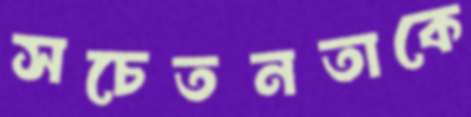
সচেতনতাকে